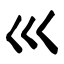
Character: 巛